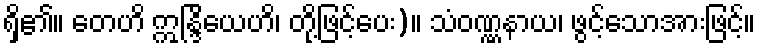
ရှိ၏။ တေဟိ ဣန္ဒြိယေဟိ၊ တို့ဖြင့်ပေး)။ သံဝဏ္ဏနာယ၊ ဖွင့်သောအားဖြင့်။